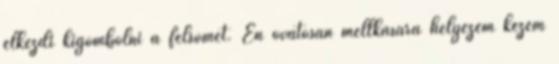
elkezdi kigombolni a felsőmet. Én óvatosan mellkasára helyezem kezem